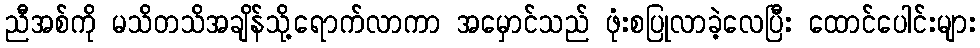
ညီအစ်ကို မသိတသိအချိန်သို့ရောက်လာကာ အမှောင်သည် ဖုံးစပြုလာခဲ့လေပြီး ထောင်ပေါင်းများ